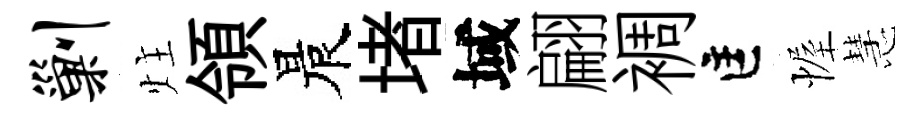
剿炷領晨堵域翩裯匡幄慧